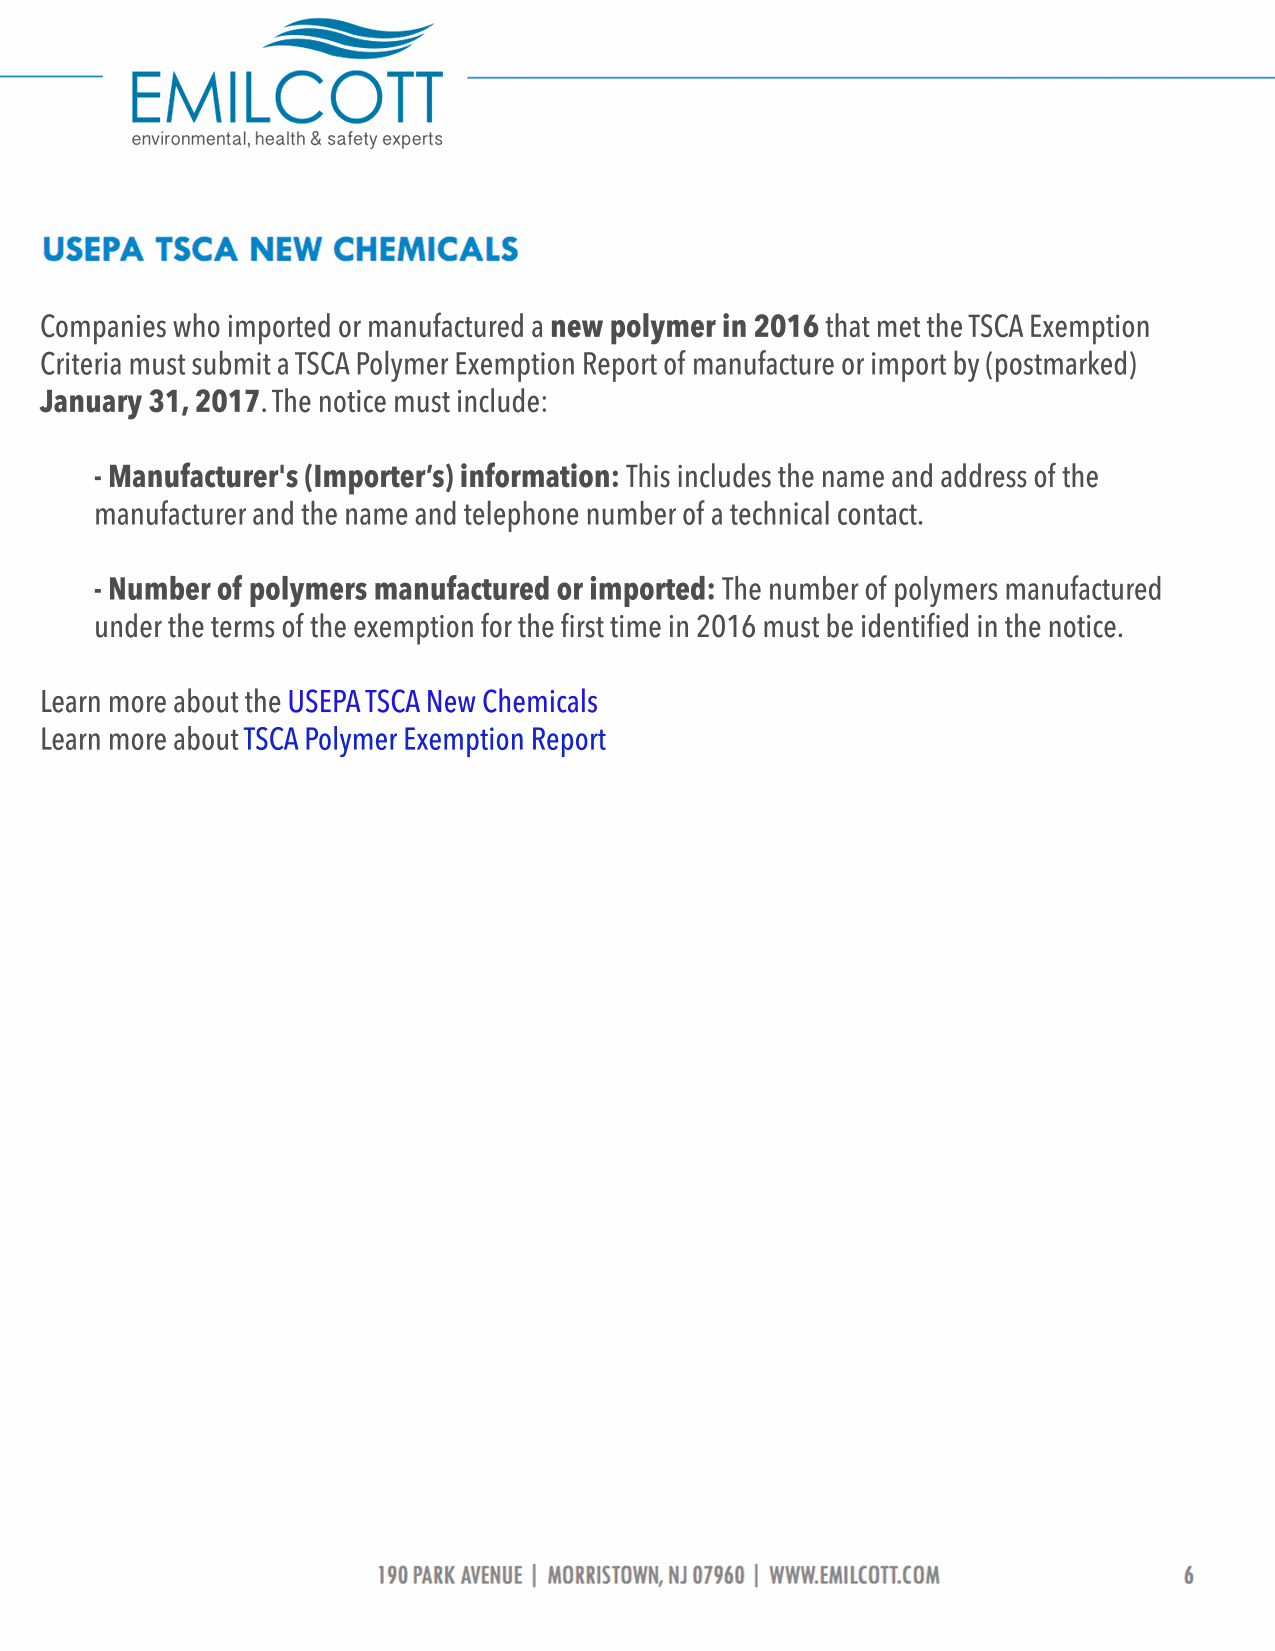
Companies who imported or manufactured a new polymer in 2016 that met the TSCA Exemption
 Criteria must submit a TSCA Polymer Exemption Report of manufacture or import by (postmarked)
 January 31, 2017. The notice must include:
 - Manufacturer's (Importer’s) information: This includes the name and address of the
 manufacturer and the name and telephone number of a technical contact.
 - Number of polymers manufactured or imported: The number of polymers manufactured
 under the terms of the exemption for the first time in 2016 must be identified in the notice.
 LLearn more about the U S E P A T S C A N e w C h e m i c a l s
 Learn more about TSC A P o l y m e r E x e m p t i o n R e p o r t